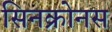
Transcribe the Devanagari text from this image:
सिनक्रोनस